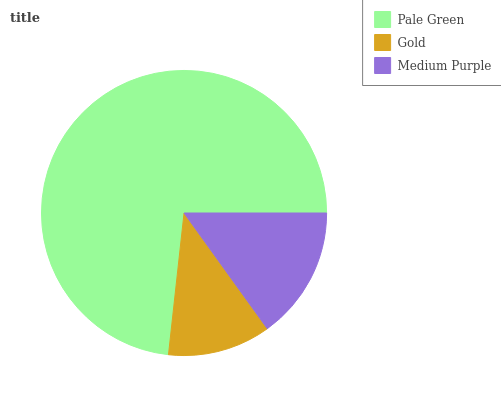
| Pale Green | Gold | Medium Purple |
 | --- | --- | --- |
 | 73.2% | 11.7% | 15.1% |